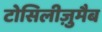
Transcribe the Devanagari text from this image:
टोसिलीज़ुमैब